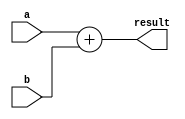
module GenerateParameterizedModule #(
  parameter WIDTH = 8,
  parameter OPERATOR = "+"
)(
  input [WIDTH-1:0] a,
  input [WIDTH-1:0] b,
  output reg [WIDTH-1:0] result
);

always @(*) begin
  if(OPERATOR == "+") begin
    result = a + b;
  end else if(OPERATOR == "-") begin
    result = a - b;
  end else if(OPERATOR == "*") begin
    result = a * b;
  end else if(OPERATOR == "/") begin
    result =  a / b;
  end
end

endmodule